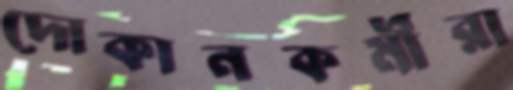
দোকানকর্মীরা